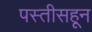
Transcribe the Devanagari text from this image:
पस्‍तीसहून